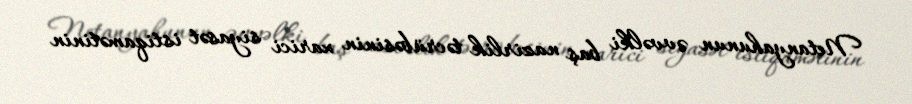
Netanyahunun əvvəlki baş nazirlik təcrübəsinin xarici siyasət istiqamətinin